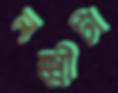
লক্ষ্মীটা